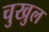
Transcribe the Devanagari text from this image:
चुखुल